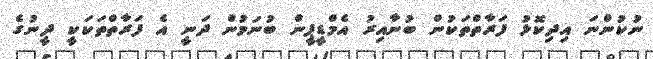
ނުކުންނަ އިދިކޮޅު ފަރާތްތަކުން ބުނާއިރު އެމްޑީޕީން ބުނަމުން ދަނީ އެ ފަރާތްތަކަކީ ދީނުގެ